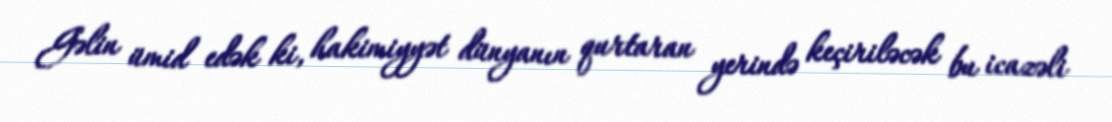
Gəlin ümid edək ki, hakimiyyət dünyanın qurtaran yerində keçiriləcək bu icazəli